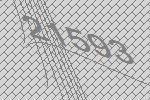
21593